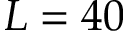
L = 4 0